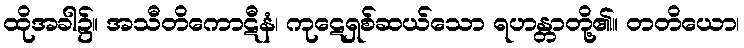
ထိုအခါ၌။ အသီတိကောဋီနံ၊ ကုဋေရှစ်ဆယ်သော ရဟန္တာတို့၏။ တတိယော၊